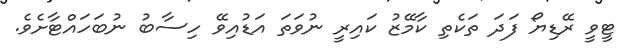
ޓީވީ ރޭޑިޔޯ ފަދަ ތަކެތި ކާމޭޒު ކައިރީ ނުވަތަ އަޑުއިވޭ ހިސާބު ނުބަހައްޓާށެވެ.